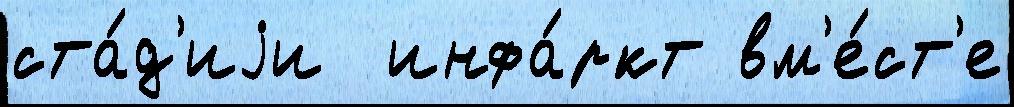
ста́д'иjи  инфа́ркт вм'е́ст'е